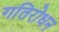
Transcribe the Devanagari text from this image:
गतिरोधन